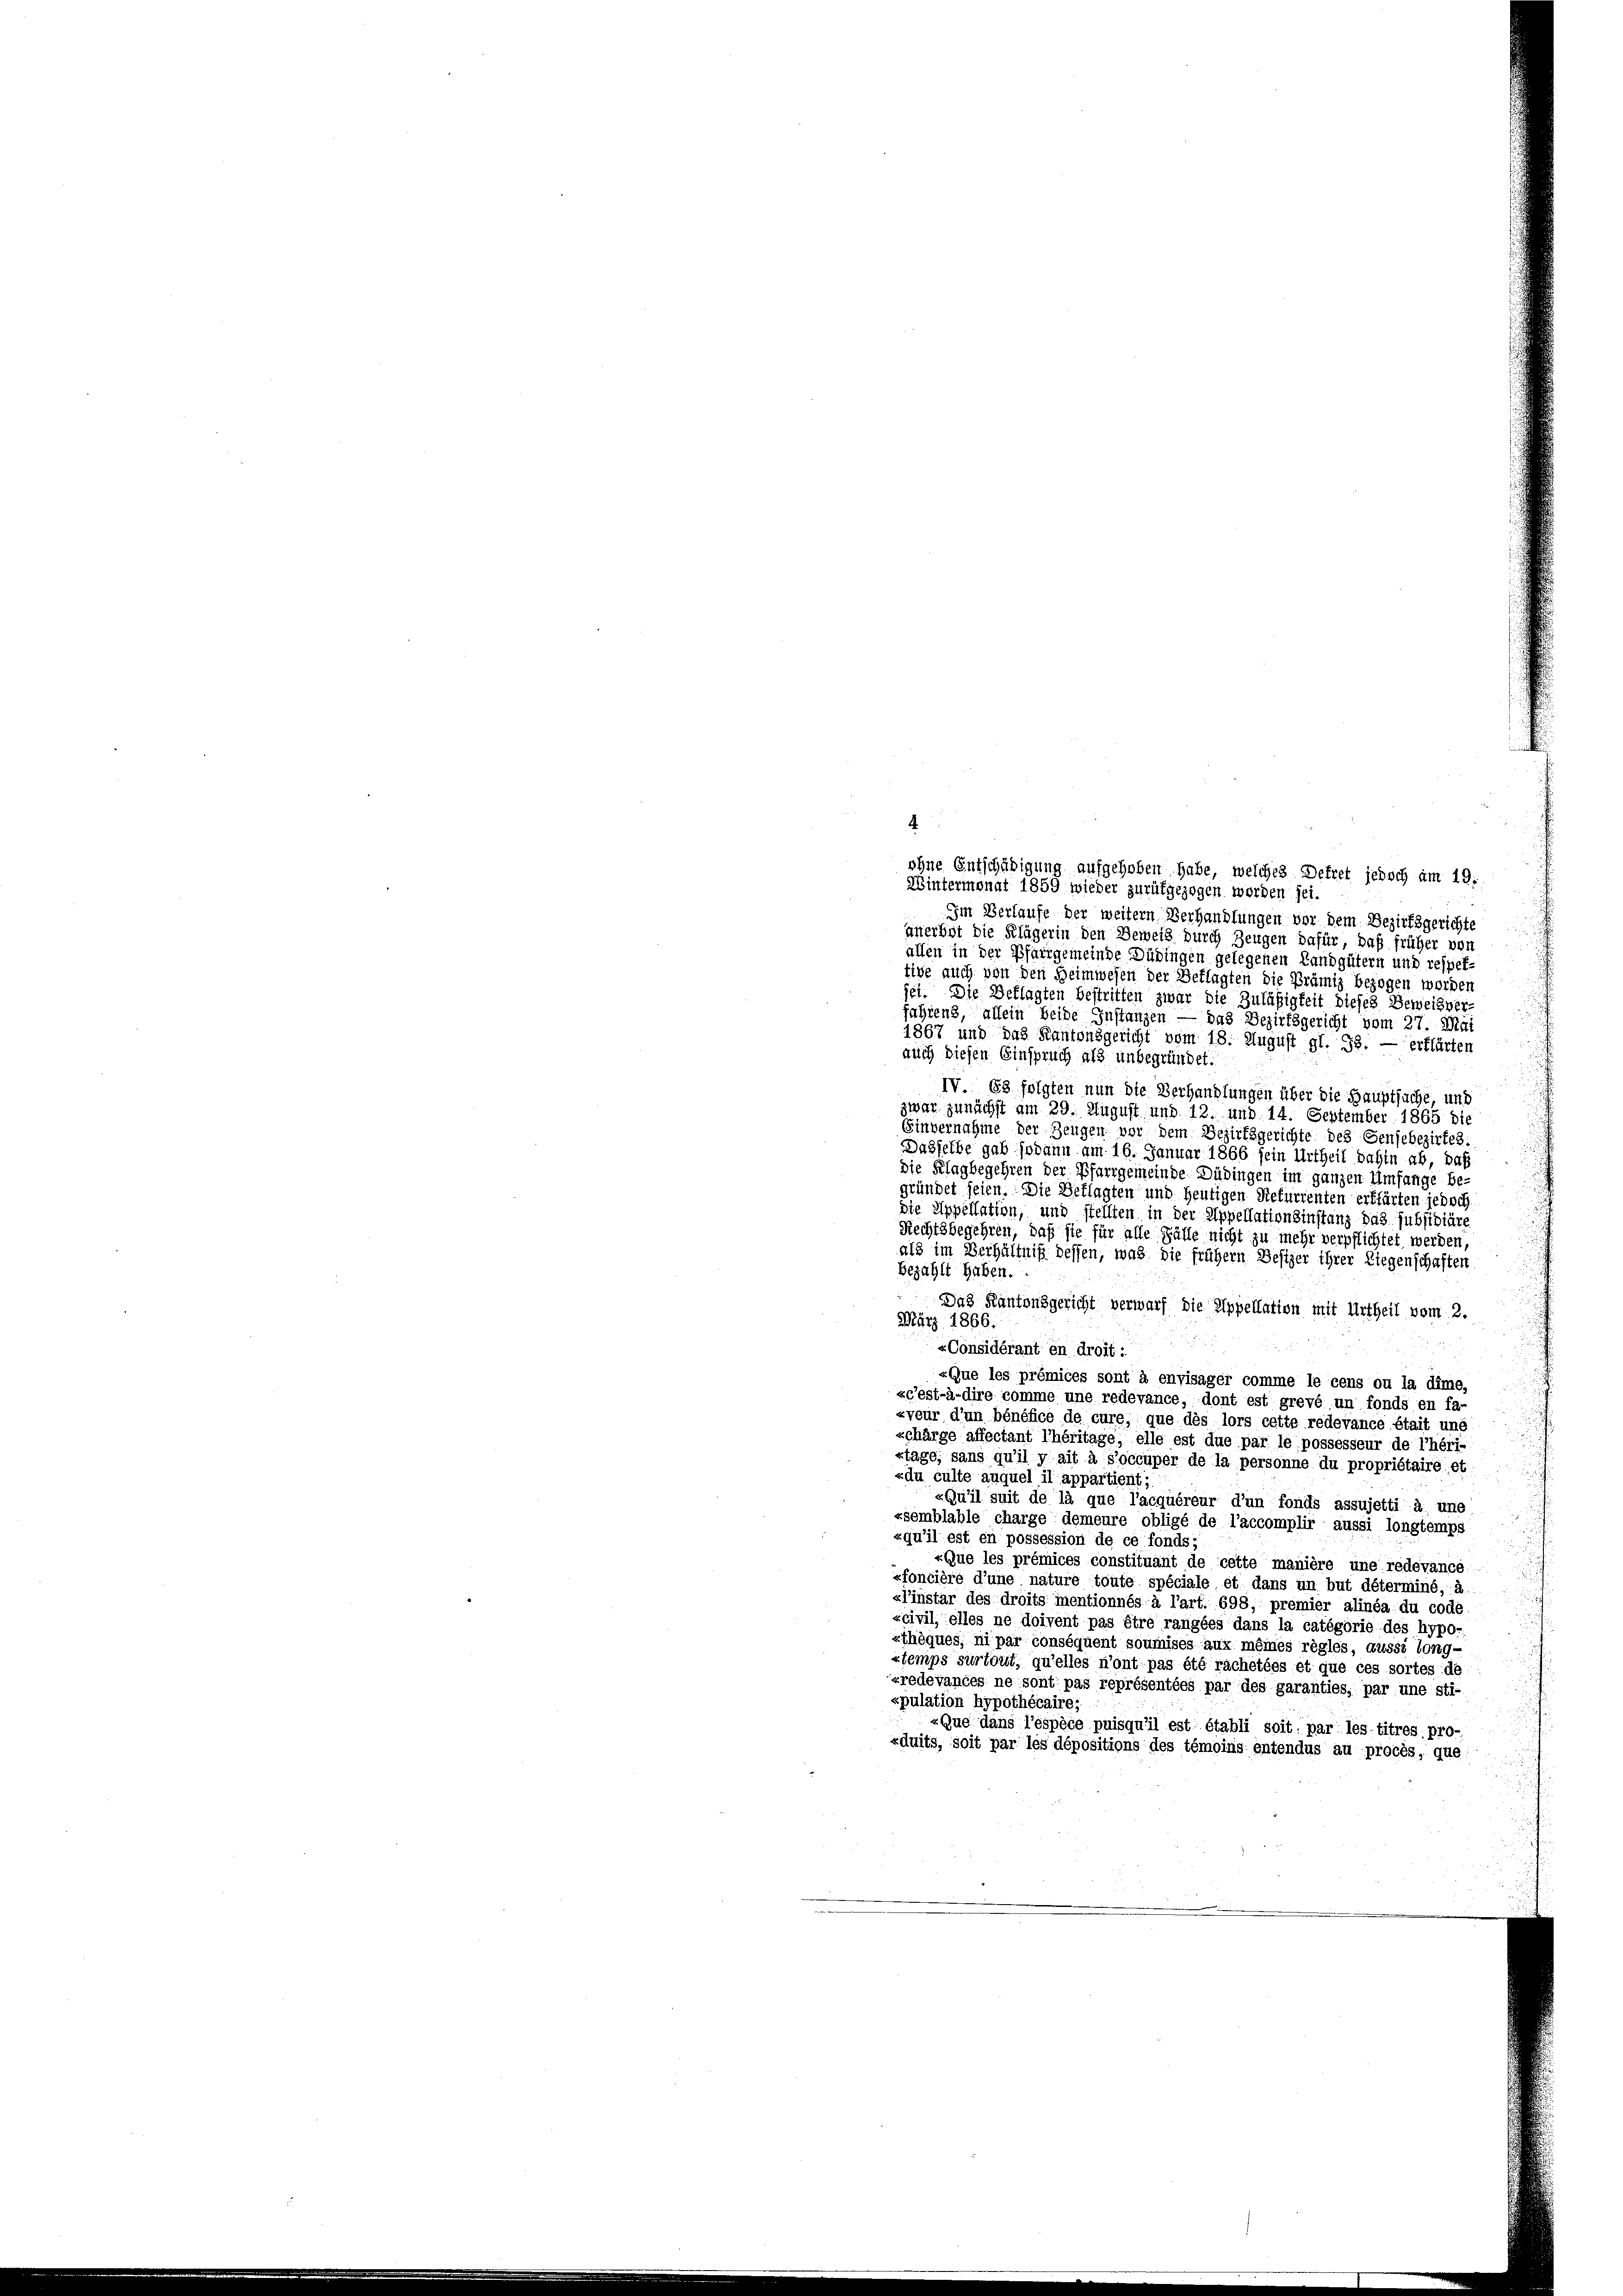
4.
ohne Entschädigung aufgehoben habe, welches Dekret jedoch am 19.
Wintermonat 1859 wieder zurükgezogen worden sei.
Im Verlaufe der weitern Verhandlungen vor dem Bezirksgerichte
anerbot die Klägerin den Beweis durch Zeugen dafür, daß früher von
allen in der Pfarrgemeinde Düringen gelegenen Landgütern und respek-
tive auch von den Heimwesen der Beklagten die Prämig bezogen worden
fet. Die Beklagten bestritten zwar die Zuläßigkeit dieses Beweisver-
fahrens, allein beide Instanzen — das Bezirksgericht vom 27. Mai
1867 und das Kantonsgericht vom 18. August gl. 38. — Erklärten
auch diesen Einspruch als unbegründet.
IV. 63 folgten nun die Verhandlungen über die Hauptsache, und
zwar zunächst am 29. August und 12. und 14. September 1865 die
Einvernahme der Zeugen vor dem Bezirksgerichte des Sensebezirtes.
Dasselbe gab sodann am 16. Januar 1866 sein Urtheil dahin ab, daß
die Klagbegehren der Pfarrgemeinde Düdingen im ganzen Umfange be-
gründet seien. Die Geflagten und heutigen Refurrenten erklärten jedoch
die Appellation, und stellten in der Appellationsinstanz das. subsidiäre
Rechtsbegehren, daß sie für alle Fälle nicht zu mehr verpflichtet werden,
als im Verhältniß dessen, was die frühern Besizer ihrer Liegenschaften
bezahlt haben.
Das Kantonsgericht verwarf die Appellation mit Urtheil vom 2.
März 1866.

.
«Considérant en droit :
«Que les prémices sont à envisager comme le cens ou la dime,
sc’est-à-dire comme une redevance, dont est grevé un fonds en fa-
«veur d’un bénéfice de cure, que dès lors cette redevance était und
schärge affectant l’héritage, elle est due par le possesseur de l’héri-
stage, sans qu’il y ait à Soccuper de la personne du propriétaire, et
«du culte auquel il appartient;
«Qu’il suit de la que l’acquéreur d’un fonds assujetti à une
«semblable charge demeure obligé de l’accomplir aussi longtemps
«qu’il est en possession de ce fonds;
«Que les prémices constituant de cette manière une redevance
pfoncière d’une nature toute spéciale et dans un but déterminé, à
«l’instar des droits mentionnés à l’art. 698; premier alinéa du code
«civil, elles ne doivent pas être rangées dans la catégorie des hypo-
xthèques, ni par conséquent soumises aux mêmes règles, aussi long-
stemps surtout, qu’elles n’ont pas été rachetées et que ces sortes de
xredevances ne sont pas représentées par des garanties, par une sti-
xpulation hypothécaire;
«Que dans l’espèce puisqu’il est établi soit par les titres, pro-
«duits, soit par les dépositions des témoins entendus au procès, que